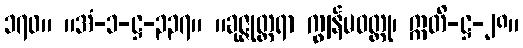
၁၇၀။ ။အံ-၁-ဋ္ဌ-၃၃၇။ ။ခုဇ္ဇုတ္တရာ ကျွန်မဝတ္ထု၊ ဣတိ-ဋ္ဌ-၂၈။